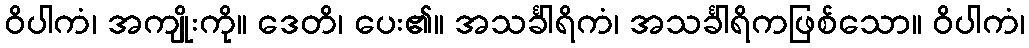
ဝိပါကံ၊ အကျိုးကို။ ဒေတိ၊ ပေး၏။ အသင်္ခါရိကံ၊ အသင်္ခါရိကဖြစ်သော။ ဝိပါကံ၊